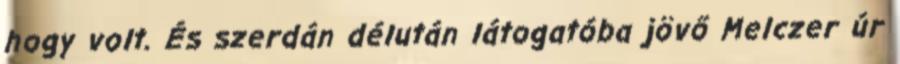
hogy volt. És szerdán délután látogatóba jövő Melczer úr